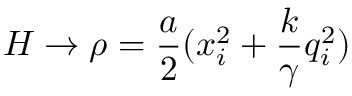
H \rightarrow \rho = \frac { a } { 2 } ( x _ { i } ^ { 2 } + \frac { k } { \gamma } q _ { i } ^ { 2 } )